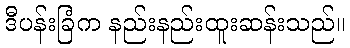
ဒီပန်းခြံက နည်းနည်းထူးဆန်းသည်။